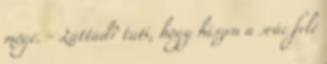
mögé. - Láttad? tuti, hogy hiszen a srác felé